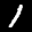
Label: 1